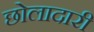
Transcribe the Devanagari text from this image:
छोलादारी